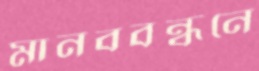
মানববন্ধনে